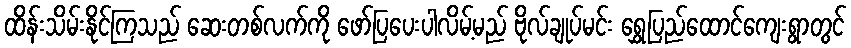
ထိန်းသိမ်းနိုင်ကြသည် ဆေးတစ်လက်ကို ဖော်ပြပေးပါလိမ့်မည် ဗိုလ်ချုပ်မင်း ရွှေပြည်ထောင်ကျေးရွာတွင်